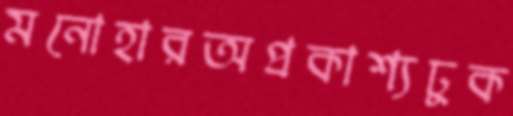
মনোহারঅপ্রকাশ্যঢুক